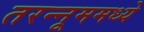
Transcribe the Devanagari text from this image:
तरन्नूममध्ये